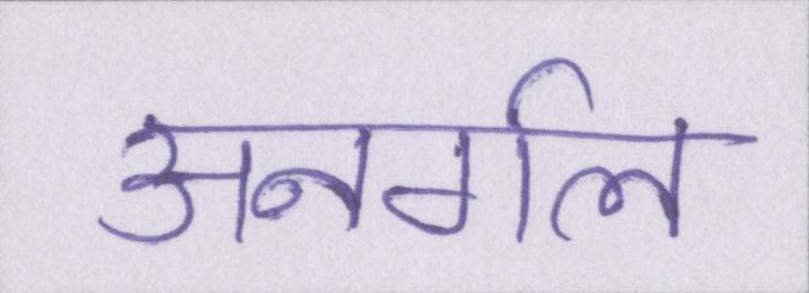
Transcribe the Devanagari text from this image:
अनर्गल